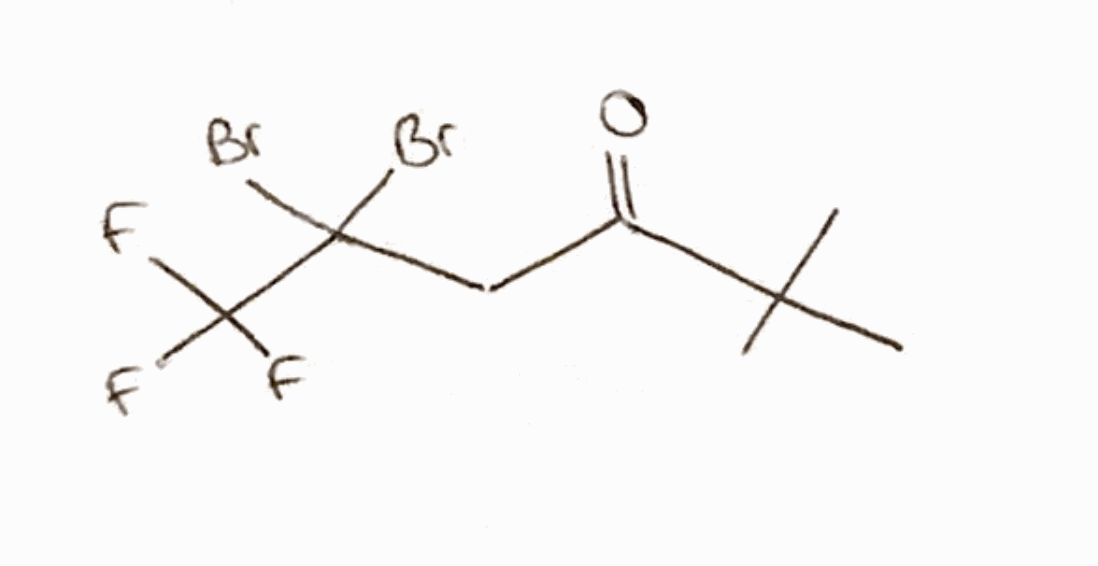
Simplified molecular-input line-entry system (SMILES) notation of the given molecule:
CC(C)(C)C(=O)CC(C(F)(F)F)(Br)Br